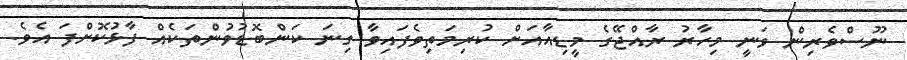
ނޫސްވެރިން ވަނީ މިހާރު ރާއްޖޭގެ މީޑިއާއަށް ކުރިމަތިވެފައިވާ ގިނަ ކަންބޮޑުވުންތަކެއް ފާޅުކޮށްފަ އެވެ.